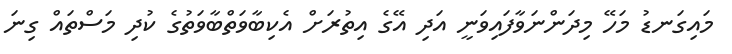
މައިގަނޑު މަހޭ މިދަންނަވާފައިވަނީ އަދި އޭގެ އިތުރަށް އެކިބާވަތްބާވަތުގެ ކުދި މަސްތައް ގިނަ